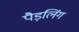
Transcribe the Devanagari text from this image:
पैड़लिंग